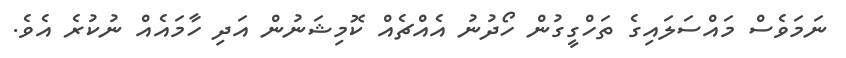
ނަމަވެސް މައްސަލައިގެ ތަހްގީގުން ހޯދުނު އެއްޗެއް ކޮމިޝަނުން އަދި ހާމައެއް ނުކުރެ އެވެ.